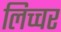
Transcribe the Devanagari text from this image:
लिच्चर